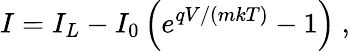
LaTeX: I=I_{L}-I_{0}\left(e^{qV/(mkT)}-1\right)\ ,